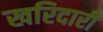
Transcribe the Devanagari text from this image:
खरिदारी